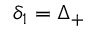
\delta _ { 1 } = \Delta _ { + }